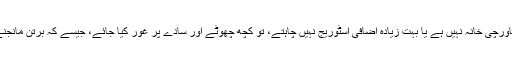
اگر آپ کے پاس بڑا باورچی خانہ نہیں ہے یا بہت زیادہ اضافی اسٹوریج نہیں چاہتے، تو کچھ چھوٹے اور سادے پر غور کیا جائے، جیسے کہ برتن مانجنے کے آلوں کی ٹرے؟